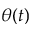
\theta ( t )